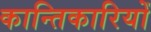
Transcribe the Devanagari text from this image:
कान्तिकारियों